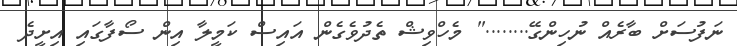
ނަފުސަށް ބާރެއް ނުހިންގޭ........" މެހްވިޝް ތެދުވެގެން އައިސް ކަމީލާ އިން ސޯފާގައި އިށީދެ